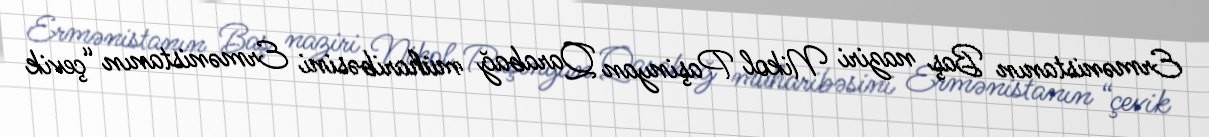
Ermənistanın Baş naziri Nikol Paşinyan Qarabağ müharibəsini Ermənistanın “çevik